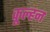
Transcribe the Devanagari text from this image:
कूल्हन